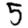
Digit: 5